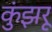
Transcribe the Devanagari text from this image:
कुंझरू